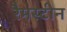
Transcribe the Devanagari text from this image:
रैमस्टीन